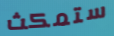
ستمكث